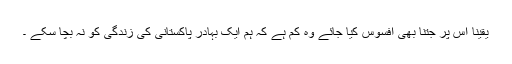
یقینا اس پر جتنا بھی افسوس کیا جائے وہ کم ہے کہ ہم ایک بہادر پاکستانی کی زندگی کو نہ بچا سکے ۔